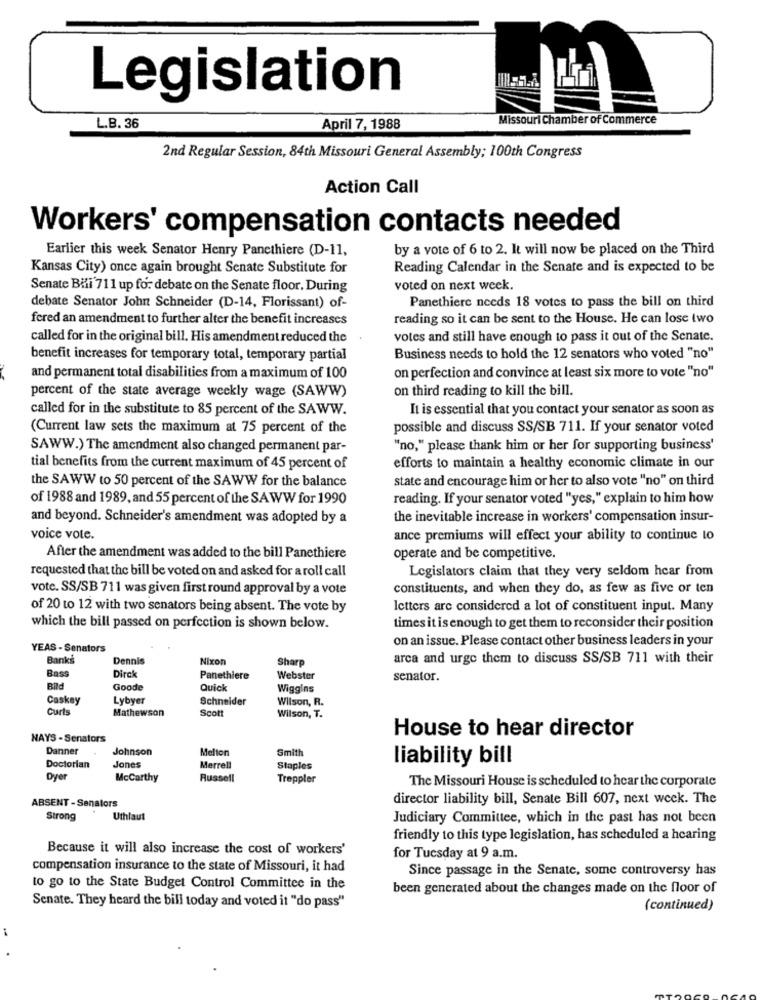
Legislation
Missouri Chamber of Commerce
L.B. 36
April 7, 1988
2nd Regular Session, 84th Missouri General Assembly; 100th Congress
Action Call
Workers' compensation contacts needed
by a vote of 6 to 2. It will now be placed on the Third
Earlier this week Senator Henry Pancthiere (D-11,
Kansas City) once again brought Senate Substitute for
Reading Calendar in the Senate and is expected to be
Senate Bili 711 up for debate on the Senate floor, During
voted on next week.
Panethierc needs 18 votes to pass the bill on third
debate Senator John Schneider (D-14, Florissant) of-
fered an amendment to further alter the benefit increases
reading so it can be sent to the House. He can lose two
called for in the original bill. His amendment reduced the
votes and still have enough to pass it out of the Senate.
benefit increases for temporary total, temporary partial
Business needs to hold the 12 senators who voted "no"
and permanent total disabilities from a maximum of 100
on perfection and convince at least six more to vote "no"
percent of the state average weekly wage (SAWW)
on third reading to kill the bill.
called for in the substitute to 85 percent of the SAWW.
It is essential that you contact your senator as soon as
(Current law sets the maximum at 75 percent of the
possible and discuss SS/SB 711. If your senator voted
SAWW.) The amendment also changed permanent par-
"no," please thank him or her for supporting business'
tial benefits from the current maximum of 45 percent of
efforts to maintain a healthy economic climate in our
the SAWW to 50 percent of the SAWW for the balance
state and encourage him or her to also vote "no" on third
of 1988 and 1989, and 55 percent of the SAWW for 1990
reading. If your senator voted "yes," explain to him how
and beyond. Schneider's amendment was adopted by a
the inevitable increase in workers' compensation insur-
voice vote.
ance premiums will effect your ability to continue to
After the amendment was added to the bill Panethiere
operate and be competitive.
requested that the bill be voted on and asked for a roll call
Legislators claim that they very seldom hear from
vote. SS/SB 711 was given first round approval by a vote
constituents, and when they do, as few as five or ten
of 20 to 12 with two senators being absent. The vote by
letters are considered a lot of constituent input. Many
which the bill passed on perfection is shown below.
times it is enough to get them to reconsider their position
on an issue. Please contact other business leaders in your
YEAS - Senators
Banks
Dennis
Nixon
Sharp
arca and urge them to discuss SS/SB 711 with their
Bass
Dirck
Panethiere
Webster
senator.
Bild
Goode
Quick
Wiggins
Caskey
Lybyer
Schneider
Wilson, R.
Curts
Mathewson
Scott
Wilson, T.
House to hear director
NAYS - Senators
Danner
Johnson
Melton
Smith
liability bill
Doctorian
Jones
Merrell
Staples
Dye
McCarthy
Russell
Treppler
The Missouri House is scheduled to hear the corporate
ABSENT - Senators
director liability bill, Senate Bill 607, next week. The
Strong
Uthlaut
Judiciary Committee, which in the past has not been
friendly to this type legislation, has scheduled a hearing
Because it will also increase the cost of workers'
for Tuesday at 9 a.m.
compensation insurance to the state of Missouri, it had
Since passage in the Senate, some controversy has
to go to the State Budget Control Committee in the
been generated about the changes made on the floor of
Senate. They heard the bill today and voted it "do pass"
(continued)